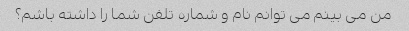
من می بینم می توانم نام و شماره تلفن شما را داشته باشم؟